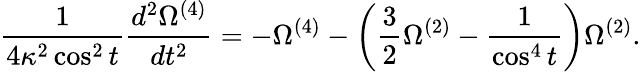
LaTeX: \frac{1}{4\kappa^{2}\cos^{2}{t}}\frac{d^{2}\Omega^{(4)}}{dt^{2}}=-\Omega^{(4)}-\left(\frac{3}{2}\Omega^{(2)}-\frac{1}{\cos^{4}{t}}\right)\Omega^{(2)}.